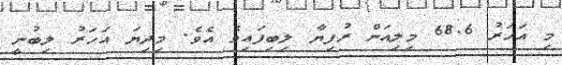
މި އަހަރު 68.6 މިލިއަން ރުފިޔާ ލިބިފައިވެ އެވެ. މިދިޔަ އަހަރު ލިބުނީ